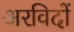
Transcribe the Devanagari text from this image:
अरविदों